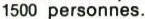
1500 personnes.